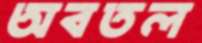
অবতল